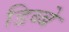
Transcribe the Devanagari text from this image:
डिब्बे